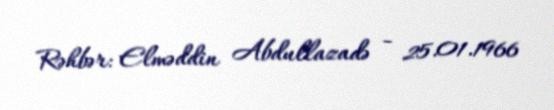
Rəhbər: Elməddin Abdullazadə - 25.01.1966